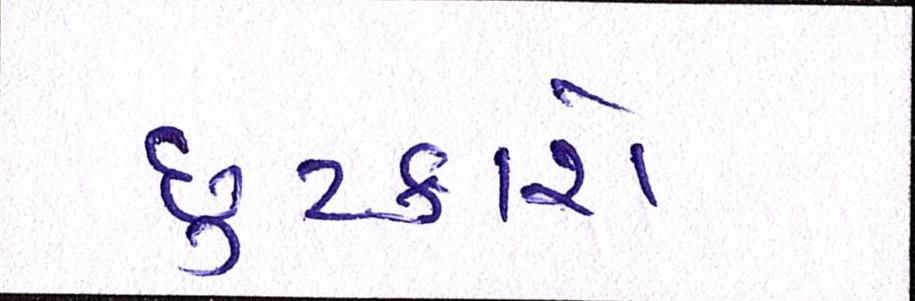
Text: છુટકારો